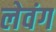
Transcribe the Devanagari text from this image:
लेवंग